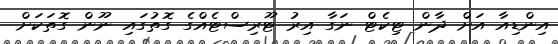
އިންޑިއާ އަށް ދާން ޓިކެޓް ނަގާ އިރު ޓޫރިސްޓެއްގެ ގޮތުގައި ނޫން ގޮތަކަށް